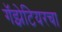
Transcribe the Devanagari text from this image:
गॅझेटियरचा